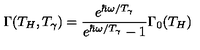
\Gamma ( T _ { H } , T _ { \gamma } ) = { \frac { e ^ { \hbar \omega / T _ { \gamma } } } { e ^ { \hbar \omega / T _ { \gamma } } - 1 } } \Gamma _ { 0 } ( T _ { H } )